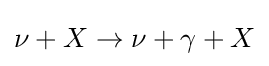
\nu +X\rightarrow \nu +\gamma +X